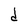
Character: d